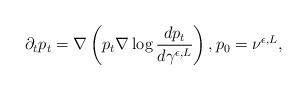
LaTeX: \begin{align*}\partial_tp_t=\nabla\left(p_t\nabla\log \frac{dp_t}{d\gamma^{\epsilon,L}}\right),p_0=\nu^{\epsilon,L},\end{align*}